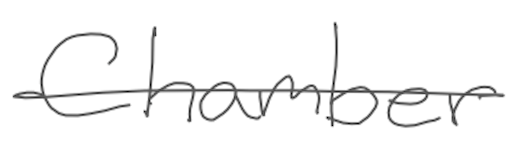
Text: Chamber
Cross-out: single-line
Writing tool: digital_gray